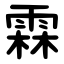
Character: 霖